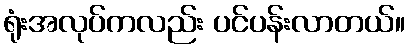
ရုံးအလုပ်ကလည်း ပင်ပန်းလာတယ်။